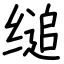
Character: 缒